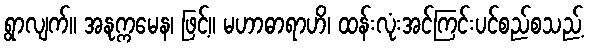
ရွာလျက်။ အနုက္ကမေန၊ ဖြင့်။ မဟာဓာရာဟိ၊ ထန်းလုံးအင်ကြင်းပင်စည်စသည့်